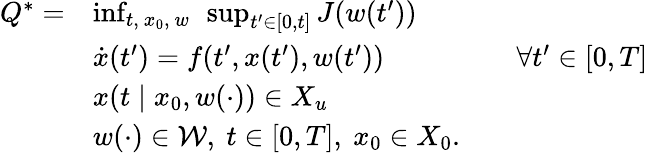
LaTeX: \begin{array}{rlrl}{Q^{*}=}&{\operatorname*{inf}_{t,\ x_{0},\ w}\ \operatorname*{sup}_{t^{\prime}\in[0,t]}J(w(t^{\prime}))}\\ &{\dot{x}(t^{\prime})=f(t^{\prime},x(t^{\prime}),w(t^{\prime}))}&&{\forall t^{\prime}\in[0,T]}\\ &{x(t\mid x_{0},w(\cdot))\in X_{u}}\\ &{w(\cdot)\in\mathcal{W},\ t\in[0,T],\ x_{0}\in X_{0}.}\end{array}